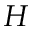
H